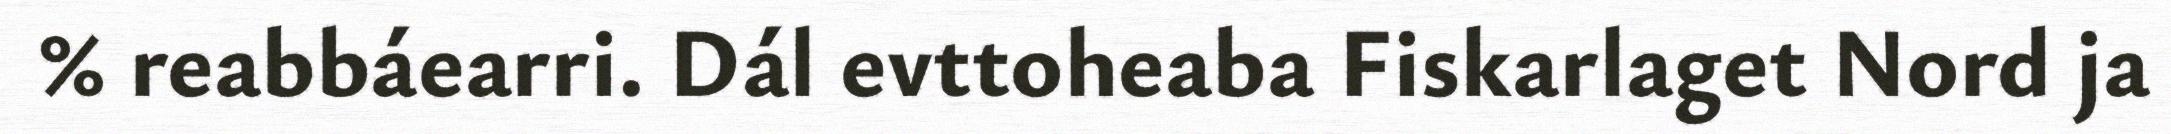
% reabbáearri. Dál evttoheaba Fiskarlaget Nord ja